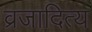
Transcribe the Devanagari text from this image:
व्रजादित्य